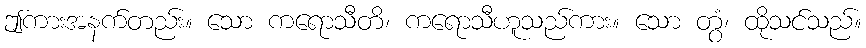
ဤကားအနက်တည်း။ သော ကရောသီတိ၊ ကရောသီဟူသည်ကား။ သော တွံ၊ ထိုသင်သည်။